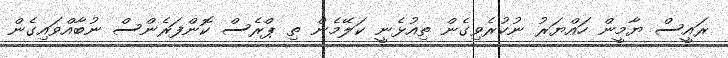
ރައީސް ޔާމީން ހައްޔަރު ނުކުރެވިގެން ތިއުޅެނީ ކަލޭމެން ތި ޕްރެސް ކޮންފަރެންސް ނުބާއްވައިގެން